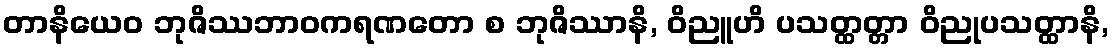
တာနိယေဝ ဘုဇိဿဘာဝကရဏတော စ ဘုဇိဿာနိ, ဝိညူဟိ ပသတ္ထတ္တာ ဝိညုပသတ္ထာနိ,